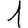
Digit: 1